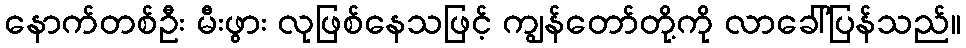
နောက်တစ်ဦး မီးဖွား လုဖြစ်နေသဖြင့် ကျွန်တော်တို့ကို လာခေါ်ပြန်သည်။